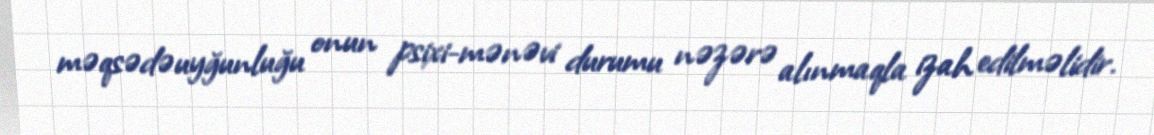
məqsədəuyğunluğu onun psixi-mənəvi durumu nəzərə alınmaqla izah edilməlidir.